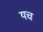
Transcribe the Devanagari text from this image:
यच